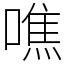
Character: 噍